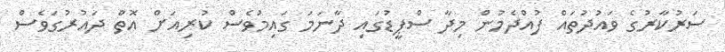
ސަރުކާރުގެ ވައުދުތައް ފުއްދެމުން މިދާ ސްޕީޑުގައި ދާނަމަ ގައިމުވެސް ކުރިއަށް އޮތް ދައުރުގަވެސް